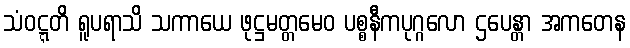
သံဝဋ္ဋတိ ရူပရာသိ သကာယေ ဖုဋ္ဌမတ္တမေဝ ပစ္စနီကပုဂ္ဂလော ဌပေန္တာ အကတေန